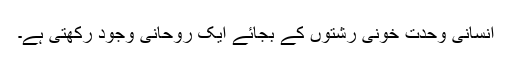
انسانی وحدت خونی رشتوں کے بجائے ایک روحانی وجود رکھتی ہے۔